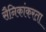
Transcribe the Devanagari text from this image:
सैनिकांकरता